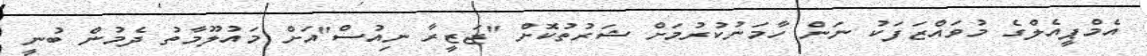
އެމްޕީއެލްގެ މުވައްޒަފަކު ނަން ހާމަނުކުރުމަށް ޝަރުތުކޮށް "ޖަޒީރާ ނިއުސް"އަށް މައުލޫމާތު ދެމުން ބުނީ